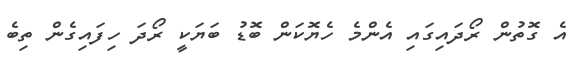
އެ ގޮތުން ރޯދައިގައި އެންމެ ހެޔޮކަން ބޮޑު ބަޔަކީ ރޯދަ ހިފައިގެން ތިބެ